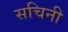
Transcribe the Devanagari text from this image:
सचिनी